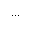
. . .